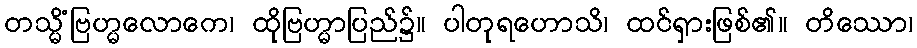
တသ္မိံဗြဟ္မလောကေ၊ ထိုဗြဟ္မာပြည်၌။ ပါတုရဟောသိ၊ ထင်ရှားဖြစ်၏။ တိဿော၊